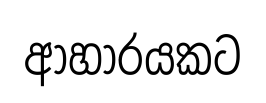
ආහාරයකට